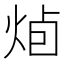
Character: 𭴭